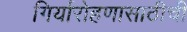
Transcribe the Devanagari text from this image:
गिर्यारोहणासाठीची